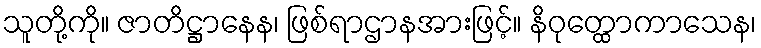
သူတို့ကို။ ဇာတိဋ္ဌာနေန၊ ဖြစ်ရာဌာနအားဖြင့်။ နိဝုတ္ထောကာသေန၊